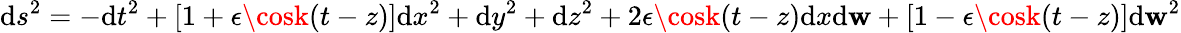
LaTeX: \mathrm{d}s^{2}=-\mathrm{d}t^{2}+[1+\epsilon\cosk(t-z)]\mathrm{d}x^{2}+\mathrm{d}y^{2}+\mathrm{d}z^{2}+2\epsilon\cosk(t-z)\mathrm{d}x\mathrm{d}\mathbf{w}+[1-\epsilon\cosk(t-z)]\mathrm{d}\mathbf{w}^{2}